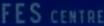
FES CENTRE